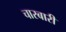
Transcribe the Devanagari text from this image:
चारबारी